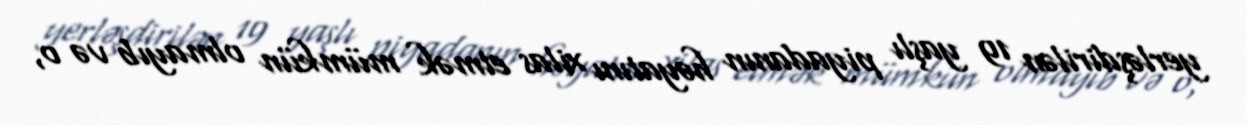
yerləşdirilən 19 yaşlı piyadanın həyatını xilas etmək mümkün olmayıb və o,